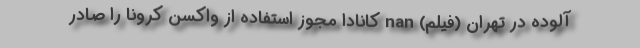
آلوده در تهران (فیلم) nan کانادا مجوز استفاده از واکسن کرونا را صادر